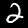
Digit: 2